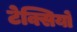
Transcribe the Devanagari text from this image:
टेक्सियों